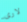
لارى